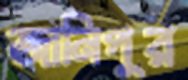
জানিপুর